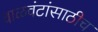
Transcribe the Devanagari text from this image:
वाळवंटांसाठीच